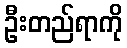
ဦးတည်ရာကို